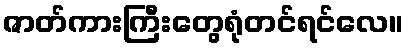
ဇာတ်ကားကြီးတွေရုံတင်ရင်လေ။